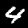
Label: 4